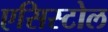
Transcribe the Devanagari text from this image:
एसिस्टोल